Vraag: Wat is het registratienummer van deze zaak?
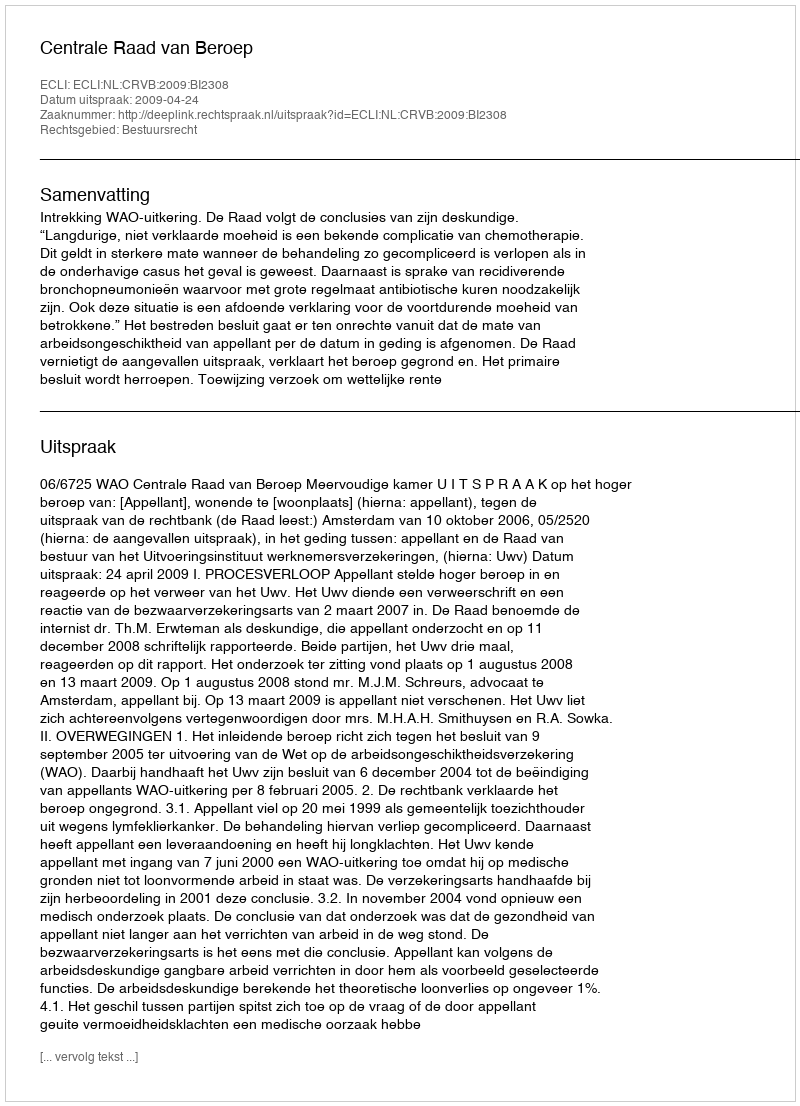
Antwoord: http://deeplink.rechtspraak.nl/uitspraak?id=ECLI:NL:CRVB:2009:BI2308